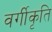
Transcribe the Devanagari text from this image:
वर्गीकृति